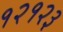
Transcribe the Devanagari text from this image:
१२१२३